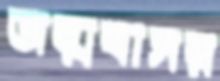
জন্মবাসর